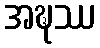
အဍ္ဎဿ